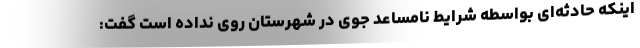
اینکه حادثه‌ای بواسطه شرایط نامساعد جوی در شهرستان روی نداده است گفت: